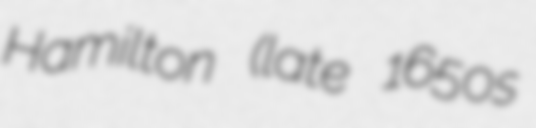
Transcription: Hamilton (late 1650s